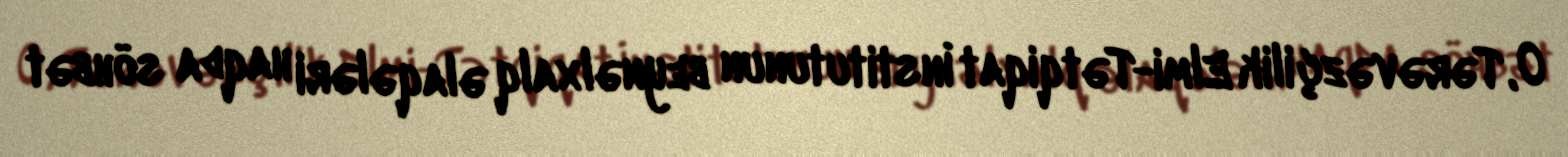
O, Tərəvəzçilik Elmi-Tətqiqat İnstitutunun beynəlxalq əlaqələri haqda söhbət